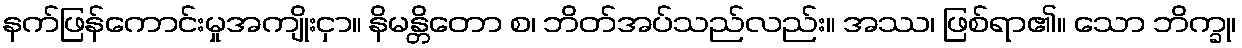
နက်ဖြန်ကောင်းမှုအကျိုးငှာ။ နိမန္တိတော စ၊ ဘိတ်အပ်သည်လည်း။ အဿ၊ ဖြစ်ရာ၏။ သော ဘိက္ခု၊